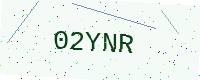
Text: 02YNR